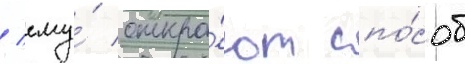
/ ему́ откро́ют спо́соб